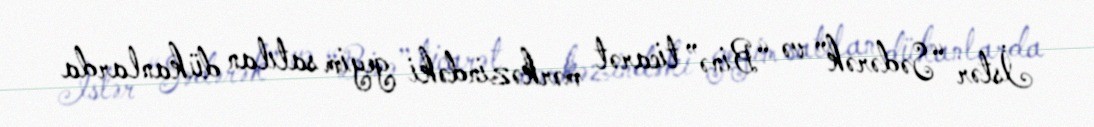
İstər “Sədərək” və “Binə” ticarət mərkəzindəki geyim satılan dükanlarda